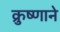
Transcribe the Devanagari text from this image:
क्रुष्णाने